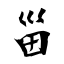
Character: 甾